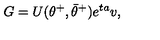
G = U ( \theta ^ { + } , \bar { \theta } ^ { + } ) e ^ { t a } v ,